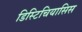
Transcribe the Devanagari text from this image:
डिस्टिचियासिस